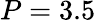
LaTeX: P=3.5